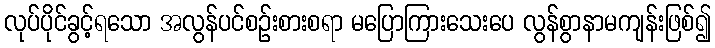
လုပ်ပိုင်ခွင့်ရသော အလွန်ပင်စဉ်းစားစရာ မပြောကြားသေးပေ လွန်စွာနာမကျန်းဖြစ်၍